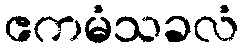
ဧကမံသခလံ